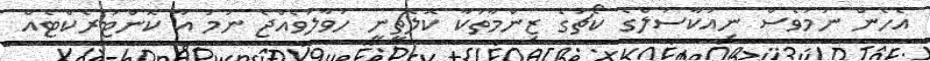
އެހެން ނަމަވެސް ނިއުކާސަލްގެ ކޯޗުގެ ޒިންމާތަކާ ކޮލޮޗީނީ ހަވާލުވެއްޖެ ނަމަ އާ ކޮންޓުރެކްޓެއް